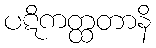
ပဋိကတ္ထတာနိ